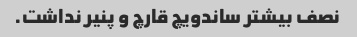
نصف بیشتر ساندویچ قارچ و پنیر نداشت.